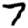
Digit: 7